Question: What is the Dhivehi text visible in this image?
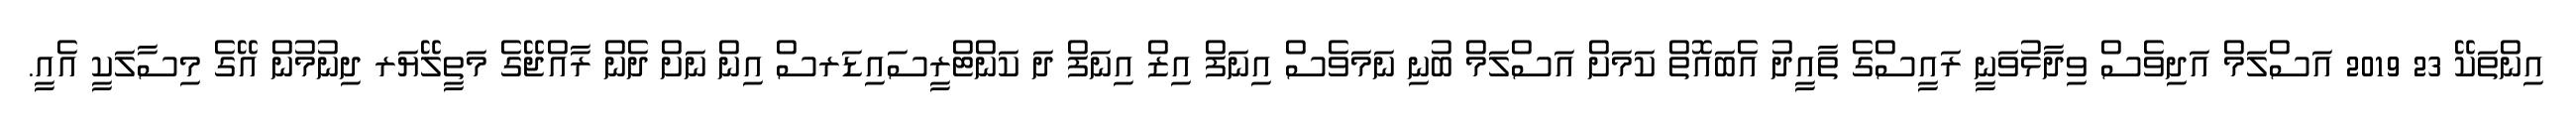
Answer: އިންތަކޭ 23 2019 އަސްލަމް އަދިވެސް ވިދާޅުވަނީ ރައީސްގެ ތާއީދު އެބައޮތް ކަމަށް އަސްލަމް ބުނި ނަމަވެސް އިނަފް އިޒް އިނަފް ދަ ކަންޓްރީސައިޑަރސް އިން ނަށް ދެން ރާއްޖޭގެ މަތީލޭޔަރ ދިނުމުން އޭގެ މިސާލަކީ އެއީ.